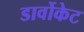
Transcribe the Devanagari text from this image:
डार्वोकेट